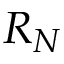
R _ { N }